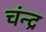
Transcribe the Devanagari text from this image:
चंन्द्र